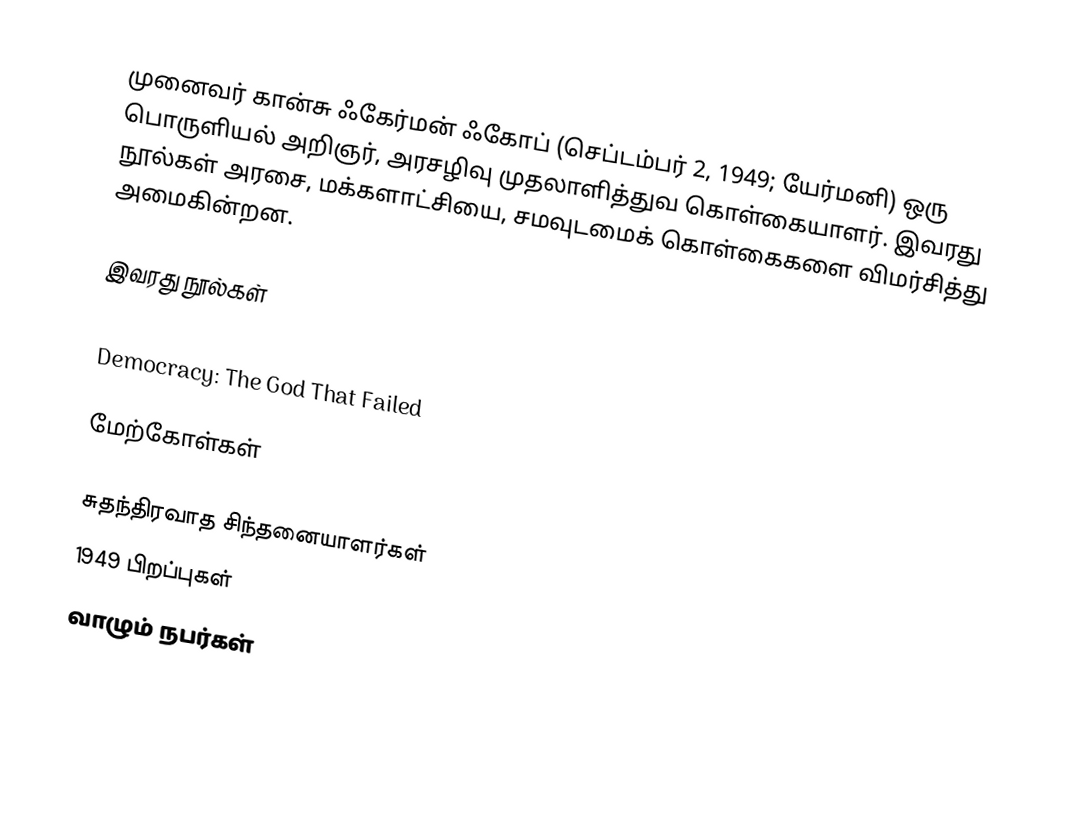
முனைவர் கான்சு ஃகேர்மன் ஃகோப் (செப்டம்பர் 2, 1949; யேர்மனி) ஒரு பொருளியல் அறிஞர், அரசழிவு முதலாளித்துவ கொள்கையாளர். இவரது நூல்கள் அரசை, மக்களாட்சியை, சமவுடமைக் கொள்கைகளை விமர்சித்து அமைகின்றன.

இவரது நூல்கள்
 A Theory of Socialism and Capitalism
 Democracy: The God That Failed

மேற்கோள்கள்

சுதந்திரவாத சிந்தனையாளர்கள்
1949 பிறப்புகள்
வாழும் நபர்கள்